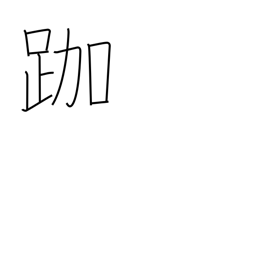
Meaning: sitting in the lotus position